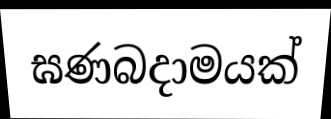
ඝණබදාමයක්